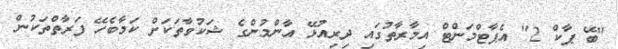
"ބޭ ޕާކް 2" އެޕާޓްމަންޓް އިމާރާތުގައި ދިރިއުޅޭ އާންމުންގެ ޝަކުވާތަކަށް ކަމާބެހޭ ފަރާތްތަކުން